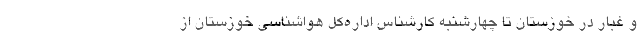
و غبار در خوزستان تا چهارشنبه کارشناس اداره‌کل هواشناسی خوزستان از